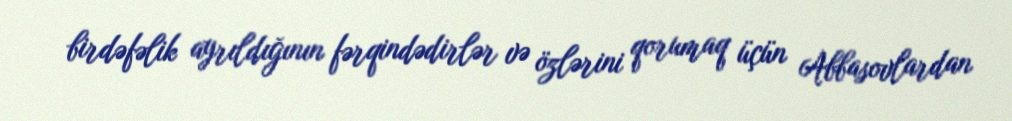
birdəfəlik ayrıldığının fərqindədirlər və özlərini qorumaq üçün Abbasovlardan